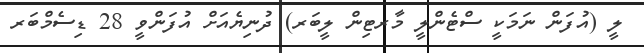
ލީ (އުފަން ނަމަކީ ސްޓެންލީ މާރޓިން ލީބަރ) ދުނިޔެއަށް އުފަންވީ 28 ޑިސެމްބަރ